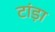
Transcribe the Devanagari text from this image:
टांड़ा